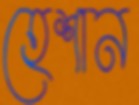
হেশান